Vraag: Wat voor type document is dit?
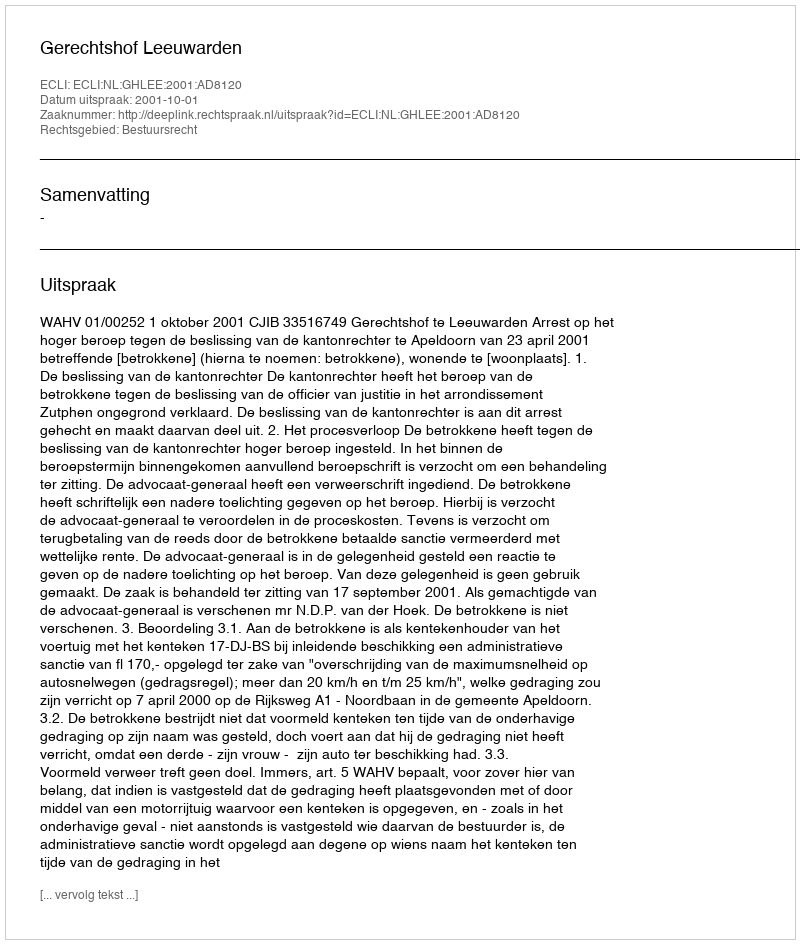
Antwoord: Uitspraak